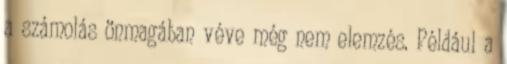
a számolás önmagában véve még nem elemzés. Például a